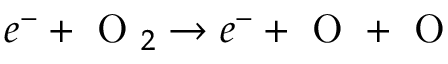
e ^ { - } + \mathrm { ~ O ~ } _ { 2 } \rightarrow e ^ { - } + \mathrm { ~ O ~ } + \mathrm { ~ O ~ }